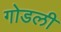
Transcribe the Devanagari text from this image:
गोडली